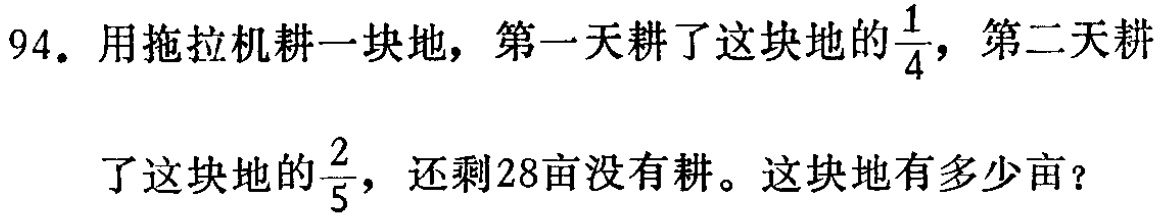
94. 用拖拉机耕一块地，第一天耕了这块地的$\frac{1}{4}$，第二天耕了这块地的$\frac{2}{5}$，还剩28亩没有耕。这块地有多少亩？